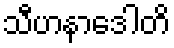
သီဟနာဒေါတိ